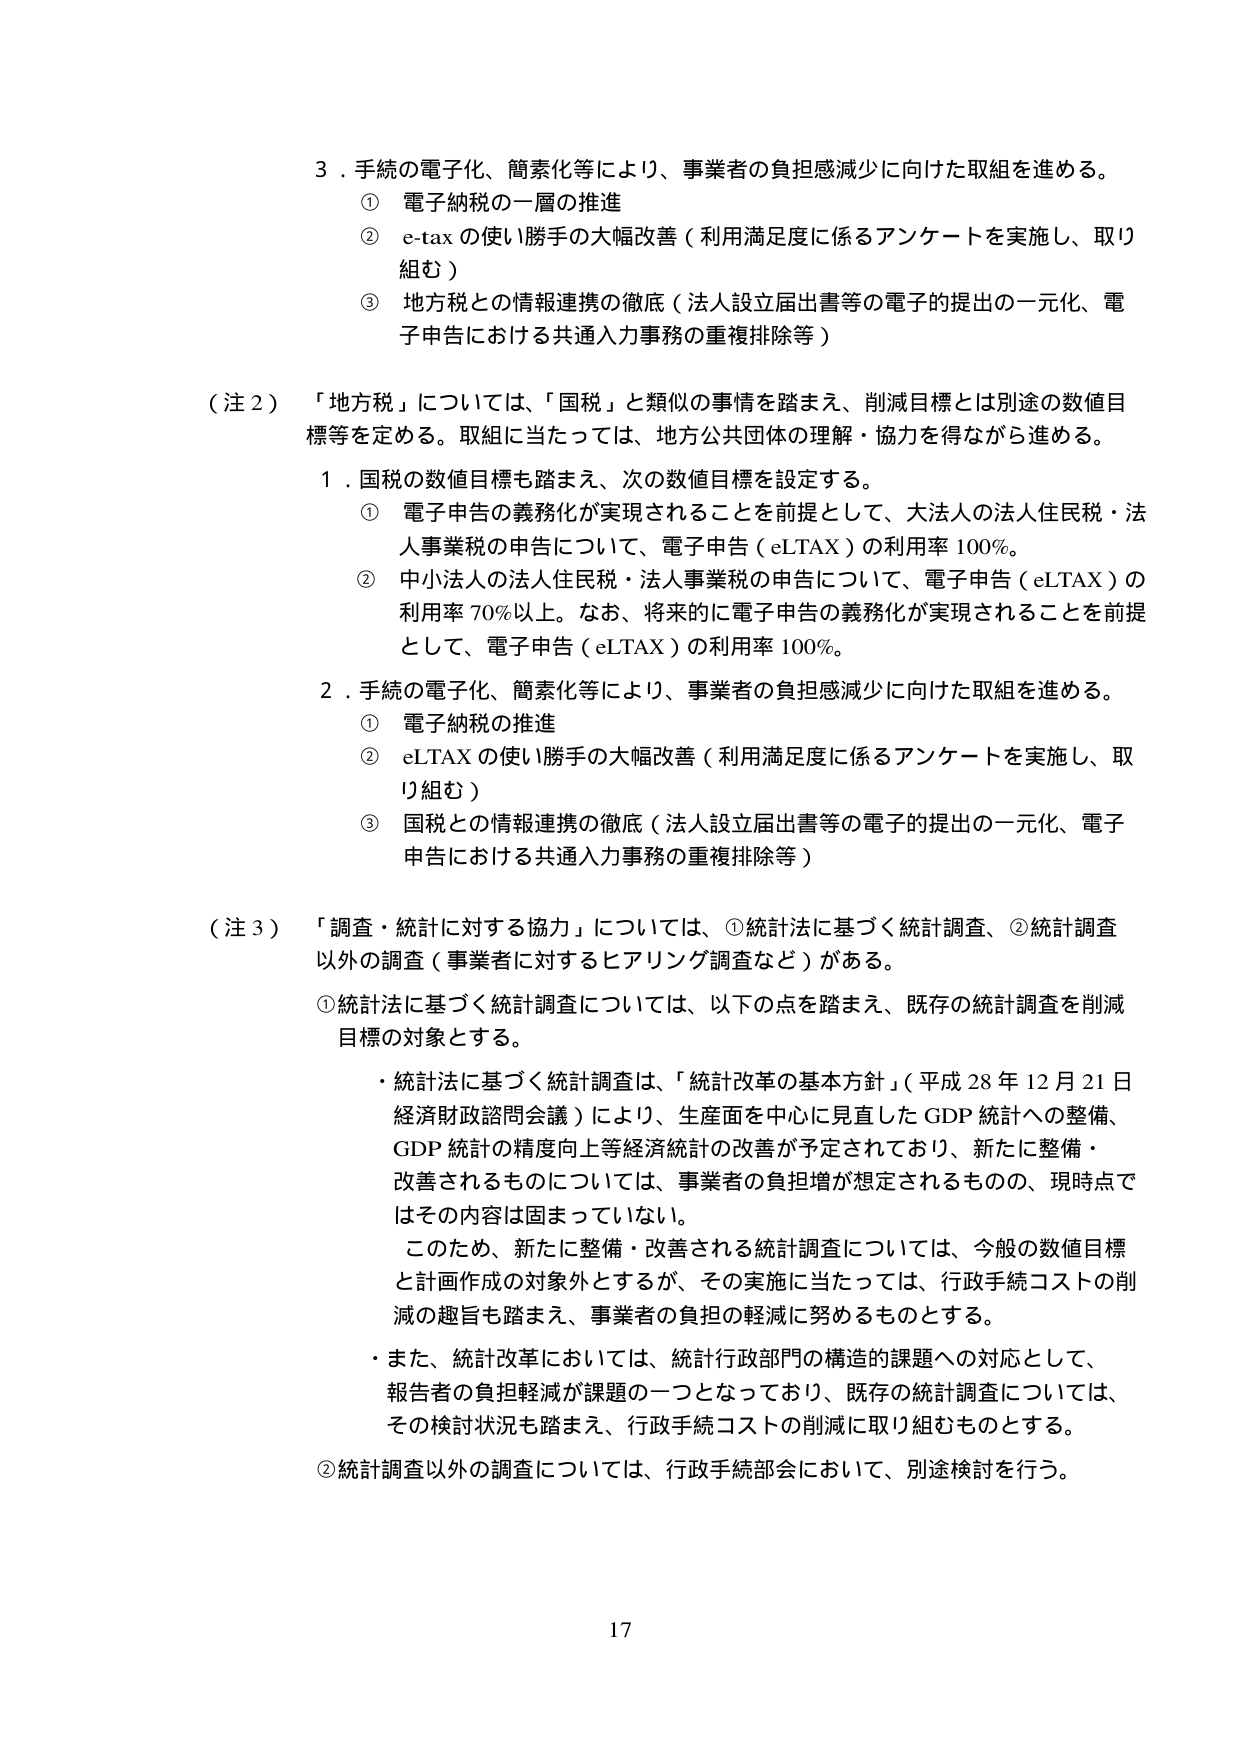
3．手続の電子化、簡素化等により、事業者の負担感減少に向けた取組を進める。
　① 電子納税の一層の推進
　② e-tax の使い勝手の大幅改善（利用満足度に係るアンケートを実施し、取り組む）
　③ 地方税との情報連携の徹底（法人設立届出書等の電子的提出の一元化、電子申告における共通入力事務の重複排除等）

（注２）「地方税」については、「国税」と類似の事情を踏まえ、削減目標とは別途の数値目標等を定める。取組に当たっては、地方公共団体の理解・協力を得ながら進める。

１．国税の数値目標も踏まえ、次の数値目標を設定する。
　① 電子申告の義務化が実現されることを前提として、大法人の法人住民税・法人事業税の申告について、電子申告（eLTAX）の利用率100％。
　② 中小法人の法人住民税・法人事業税の申告について、電子申告（eLTAX）の利用率70％以上。なお、将来的に電子申告の義務化が実現されることを前提として、電子申告（eLTAX）の利用率100％。

２．手続の電子化、簡素化等により、事業者の負担感減少に向けた取組を進める。
　① 電子納税の推進
　② eLTAX の使い勝手の大幅改善（利用満足度に係るアンケートを実施し、取り組む）
　③ 国税との情報連携の徹底（法人設立届出書等の電子的提出の一元化、電子申告における共通入力事務の重複排除等）

（注３）「調査・統計に対する協力」については、①統計法に基づく統計調査、②統計調査以外の調査（事業者に対するヒアリング調査など）がある。

　①統計法に基づく統計調査については、以下の点を踏まえ、既存の統計調査を削減目標の対象とする。
　　・統計法に基づく統計調査は、「統計改革の基本方針」（平成28年12月21日経済財政諮問会議）により、生産面を中心に見直したGDP統計への整備、GDP統計の精度向上等経済統計の改善が予定されており、新たに整備・改善されるものについては、事業者の負担増が想定されるものの、現時点ではその内容は固まっていない。
　　　このため、新たに整備・改善される統計調査については、今般の数値目標と計画作成の対象外とするが、その実施に当たっては、行政手続コストの削減の趣旨も踏まえ、事業者の負担の軽減に努めるものとする。
　　・また、統計改革においては、統計行政部門の構造的課題への対応として、報告者の負担軽減が課題の一つとなっており、既存の統計調査については、その検討状況も踏まえ、行政手続コストの削減に取り組むものとする。

　②統計調査以外の調査については、行政手続部会において、別途検討を行う。

17